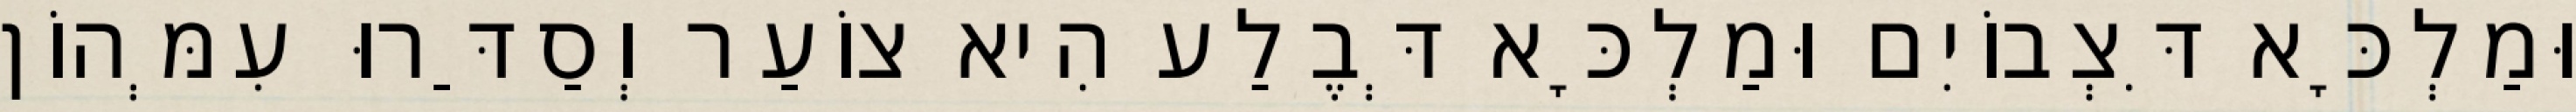
וּמַלְכָּא דִּצְבוֹיִם וּמַלְכָּא דְּבֶלַע הִיא צוֹעַר וְסַדַּרוּ עִמְּהוֹן